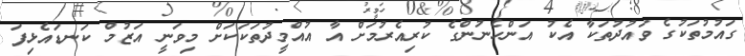
ގައުމުތަކުގެ ވައުދުތަކާ އެކު އަންހެނުންގެ ކުރިއެރުމަށް އާ އުއްމީދުތަކަކަށް މިވަނީ އަޒުމް ކަނޑައެޅިފަ